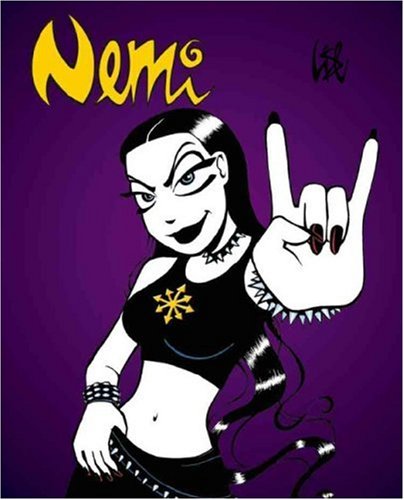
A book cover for Nemi (Volume 1) (v. 1); Lise Myhre; Comics & Graphic Novels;